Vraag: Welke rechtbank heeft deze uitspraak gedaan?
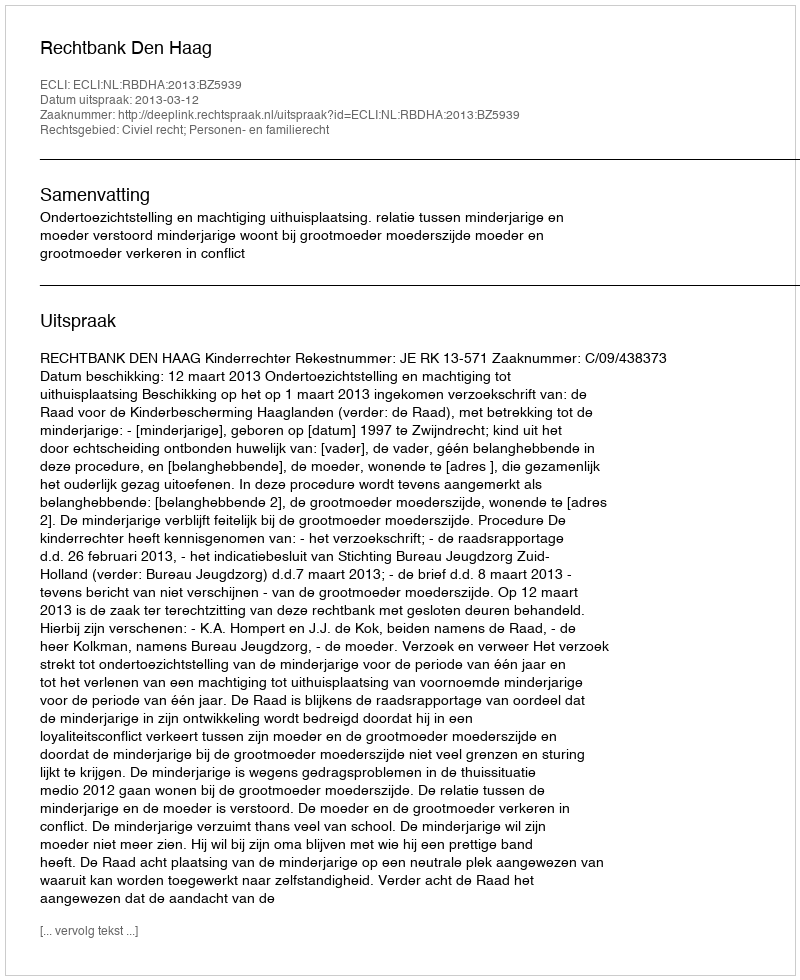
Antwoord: Rechtbank Den Haag